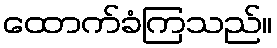
ထောက်ခံကြသည်။